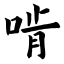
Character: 啃